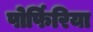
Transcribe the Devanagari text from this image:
पोर्फिरिया